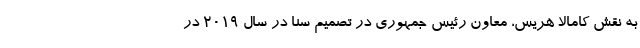
به نقش کامالا هریس، معاون رئیس جمهوری در تصمیم سنا در سال ۲۰۱۹ در